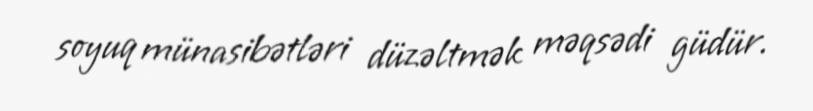
soyuq münasibətləri düzəltmək məqsədi güdür.